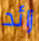
زائد